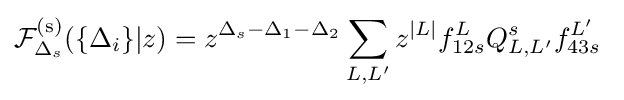
{\mathcal {F}}_{\Delta _{s}}^{\text{(s)}}(\{\Delta _{i}\}|z)=z^{\Delta _{s}-\Delta _{1}-\Delta _{2}}\sum _{L,L'}z^{|L|}f_{12s}^{L}Q_{L,L'}^{s}f_{43s}^{L'}\